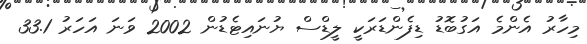
މިހާރު އެންމެ އަގުބޮޑު ޑިފެންޑަރަކީ ލީޑްސް ޔުނައިޓެޑުން 2002 ވަނަ އަހަރު 33.1